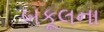
બકૂલના